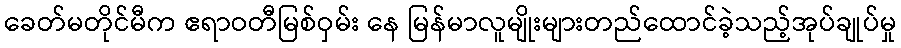
ခေတ်မတိုင်မီက ဧရာဝတီမြစ်ဝှမ်း နေ မြန်မာလူမျိုးများတည်ထောင်ခဲ့သည့်အုပ်ချုပ်မှု